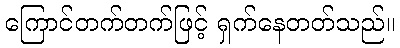
ကြောင်တက်တက်ဖြင့် ရှက်နေတတ်သည်။